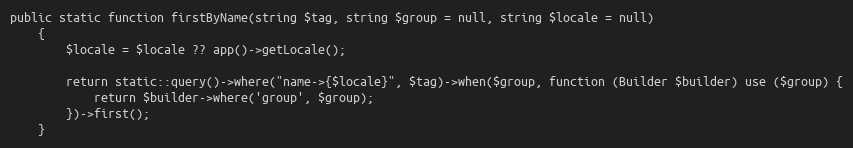
Language: PHP
public static function firstByName(string $tag, string $group = null, string $locale = null)
    {
        $locale = $locale ?? app()->getLocale();

        return static::query()->where("name->{$locale}", $tag)->when($group, function (Builder $builder) use ($group) {
            return $builder->where('group', $group);
        })->first();
    }